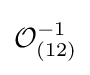
{\mathcal {O}}_{(12)}^{-1}